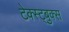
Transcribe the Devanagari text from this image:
टेक्स्ट्बुक्स